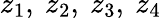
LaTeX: z_{1},\ z_{2},\ z_{3},\ z_{4}